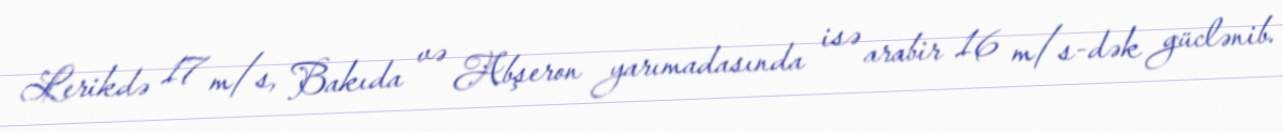
Lerikdə 17 m/s, Bakıda və Abşeron yarımadasında isə arabir 16 m/s-dək güclənib.